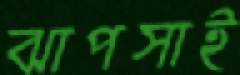
ঝাপসাই